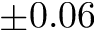
\pm 0 . 0 6